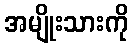
အမျိုးသားကို